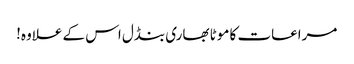
مراعات کا موٹا بھاری بنڈل اس کے علاوہ!